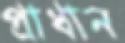
প্রাধান